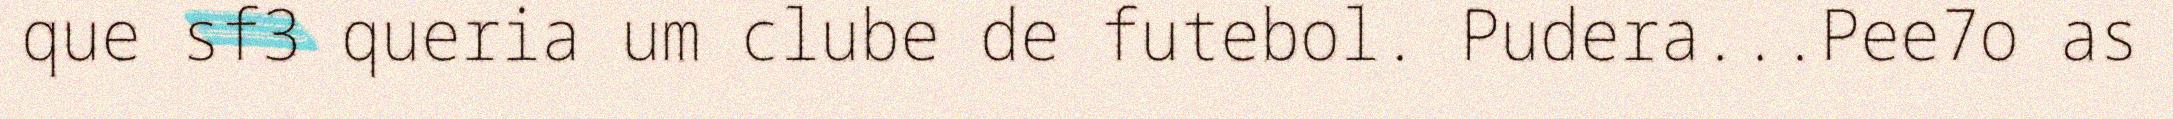
que sf3 queria um clube de futebol. Pudera...Pee7o as